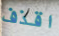
اقذف